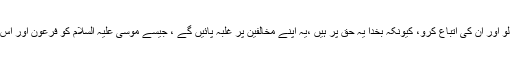
تجھ پر افسوس ہے ،میری بات مان لو اور ان کی اتباع کرو، کیونکہ بخدا یہ حق پر ہیں ،یہ اپنے مخالفین پر غلبہ پائیں گے ، جیسے موسیٰ علیہ السلام کو فرعون اور اس کے لشکر پر غلبہ حاصل ہواتھا ‘‘۔